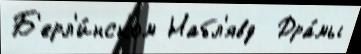
Б'ерл'и́нском Набл'явд  Дра́мы